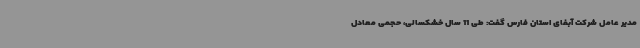
مدیر عامل شرکت آبفای استان فارس گفت: طی 11 سال خشکسالی، حجمی معادل